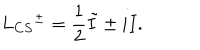
LaTeX: L _ { C S } { ^ { \pm } } = { \frac { 1 } { 2 } } \tilde { I } \pm i I .